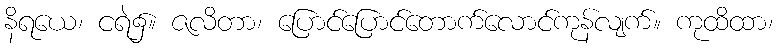
နိရယေ၊ ငရဲ၌။ ဇလိတာ၊ ပြောင်ပြောင်တောက်လောင်ကုန်လျက်။ ကုထိထာ၊